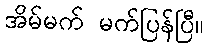
အိမ်မက် မက်ပြန်ပြီ။